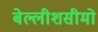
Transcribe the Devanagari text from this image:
बेल्लीशसीमो